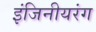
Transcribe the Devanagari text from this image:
इंजिनीयरंग